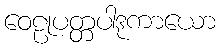
ဝေဠုပတ္တပါဒုကာယော